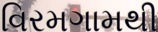
વિરમગામથી